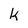
Character: k